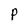
Character: P